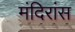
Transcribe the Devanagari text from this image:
मंदिरांस